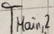
Text: TMain,2